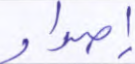
إصدار